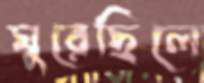
ঘুরেছিলে